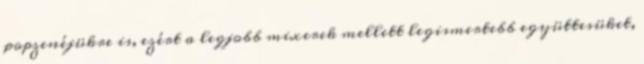
popzenéjükre is, ezért a legjobb mixerek mellett legismertebb együttesüket,